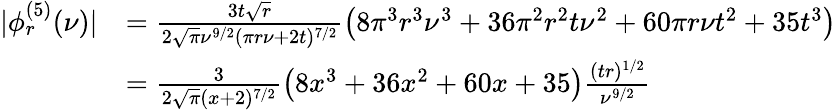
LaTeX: \begin{array}{rl}{|\phi_{r}^{(5)}(\nu)|}&{=\frac{3t\sqrt{r}}{2\sqrt{\pi}\nu^{9/2}(\pi r\nu+2t)^{7/2}}\left(8\pi^{3}r^{3}\nu^{3}+36\pi^{2}r^{2}t\nu^{2}+60\pi r\nu t^{2}+35t^{3}\right)}\\ &{=\frac{3}{2\sqrt{\pi}(x+2)^{7/2}}\left(8x^{3}+36x^{2}+60x+35\right)\frac{(tr)^{1/2}}{\nu^{9/2}}}\end{array}